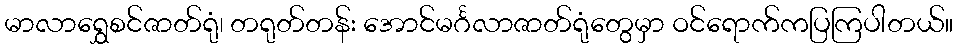
မာလာရွှေစင်ဇာတ်ရုံ၊ တရုတ်တန်း အောင်မင်္ဂလာဇာတ်ရုံတွေမှာ ဝင်ရောက်ကပြကြပါတယ်။